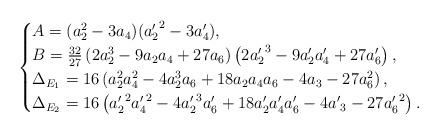
\begin{align*} \begin{cases} A = (a_2^2-3a_4)({a_2'}^2-3a_4'),\\ B=\frac{32}{27}\left( 2a_2^3-9a_2a_4+27a_6\right)\left(2{a'_2}^3-9a'_2a'_4+27a'_6\right),\\ \Delta_{E_1}=16\left(a_2^2a_4^2-4a_2^3a_6+18a_2a_4a_6-4a_3-27a_6^2\right),\\ \Delta_{E_2}=16\left({a'_2}^2{a'_4}^2-4{a'_2}^3{a'_6}+18{a'_2}{a'_4}{a'_6}-4{a'}_3-27{a'_6}^2\right). \end{cases}\end{align*}